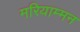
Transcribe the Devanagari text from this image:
मरियाम्मन